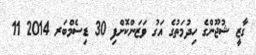
ގާޒީ ޝުޖޫންގެ ހިދުމަތުގެ އަގު ވަޒަންކޮށްފި 30 ޑިސެމްބަރ 2014 11